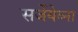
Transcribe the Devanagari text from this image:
सर्जेयेव्ना